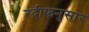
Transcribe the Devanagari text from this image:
रदीफनुसार